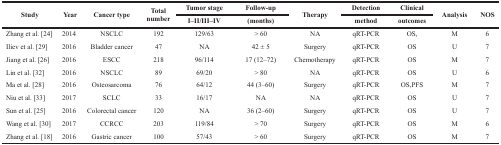
| <ROWSPAN=2> Study | <ROWSPAN=2> Year | <ROWSPAN=2> Cancer type | <ROWSPAN=2> Total number | Tumor stage | Follow-up | <ROWSPAN=2> Therapy | Detection | Clinical | <ROWSPAN=2> Analysis | <ROWSPAN=2> NOS |
 | I–II/III–IV | (months) | method | outcomes |
 | --- | --- | --- | --- | --- | --- | --- | --- | --- | --- | --- |
 | Zhang et al. [24] | 2014 | NSCLC | 192 | 129/63 | > 60 | NA | qRT-PCR | OS, | M | 6 |
 | Iliev et al. [29] | 2016 | Bladder cancer | 47 | NA | 42 ± 5 | Surgery | qRT-PCR | OS | U | 7 |
 | Jiang et al. [26] | 2016 | ESCC | 218 | 96/114 | 17 (12–72) | Chemotherapy | qRT-PCR | OS | M | 7 |
 | Lin et al. [32] | 2016 | NSCLC | 89 | 69/20 | > 80 | NA | qRT-PCR | OS | U | 6 |
 | Ma et al. [28] | 2016 | Osteosarcoma | 76 | 64/12 | 44 (3–60) | Surgery | qRT-PCR | OS,PFS | M | 7 |
 | Niu et al. [33] | 2017 | SCLC | 33 | 16/17 | NA | NA | qRT-PCR | OS | U | 7 |
 | Sun et al. [25] | 2016 | Colorectal cancer | 120 | NA | 36 (2–60) | Surgery | qRT-PCR | OS | U | 7 |
 | Wang et al. [30] | 2017 | CCRCC | 203 | 119/84 | > 70 | Surgery | qRT-PCR | OS | M | 6 |
 | Zhang et al. [18] | 2016 | Gastric cancer | 100 | 57/43 | > 60 | Surgery | qRT-PCR | OS | M | 7 |